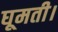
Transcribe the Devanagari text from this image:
घूमती।